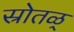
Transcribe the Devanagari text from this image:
स्रोतळ्